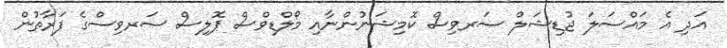
އަދި އެ މައްސަލަ ޖުޑިޝަލް ސަރވިސް ކޮމިޝަނުންނާއި މޯލްޑިވްސް ޕޮލިސް ސަރވިސްގެ ފަރާތުން